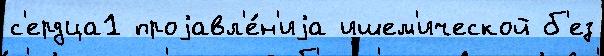
с'ердца1 проjавл'е́н'иjа ишем'ической б'ез